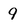
Character: 9